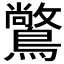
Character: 𪅶